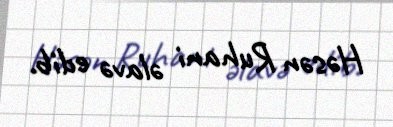
Həsən Ruhani əlavə edib.